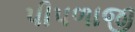
પીપળાજી